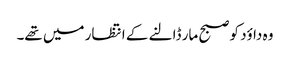
وہ داؤد کو صبح مار ڈالنے کے انتظار میں تھے۔